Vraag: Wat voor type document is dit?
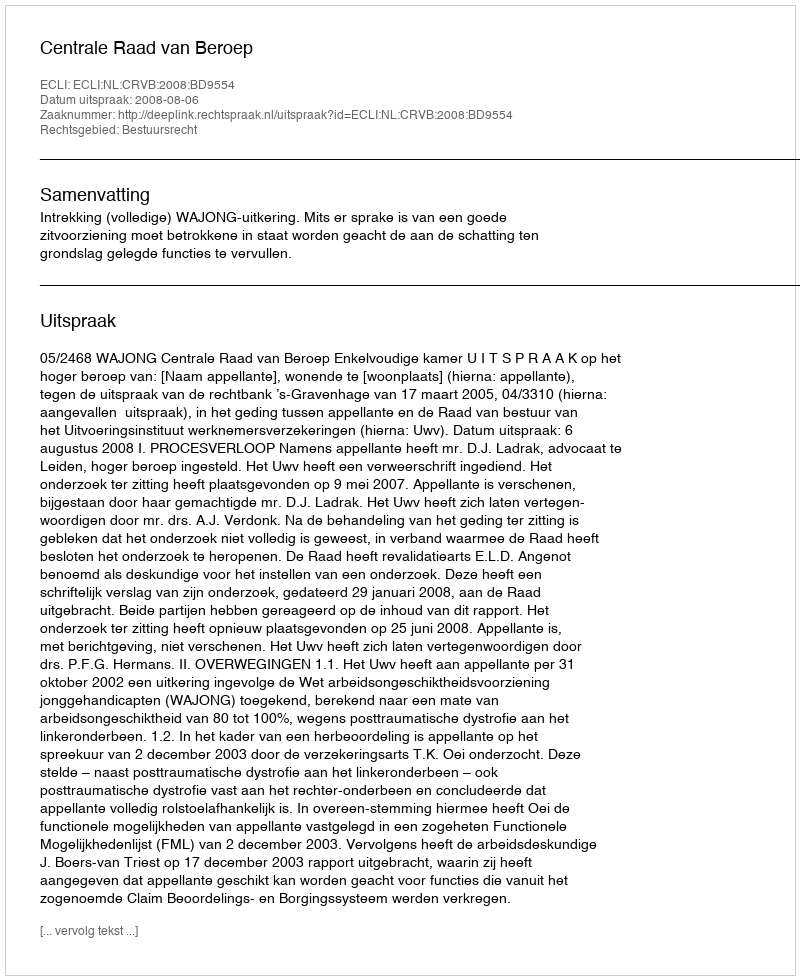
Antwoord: Uitspraak